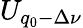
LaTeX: U_{q_{0}-\Delta\nu}